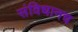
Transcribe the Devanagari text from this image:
संविधानच